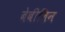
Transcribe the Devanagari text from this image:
बेबीलिन